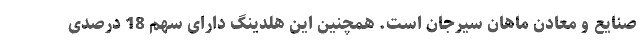
صنایع و معادن ماهان سیرجان است. همچنین این هلدینگ دارای سهم 18 درصدی